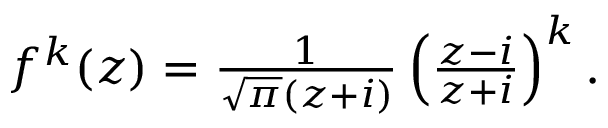
\begin{array} { r } { f ^ { k } ( z ) = \frac { 1 } { \sqrt { \pi } ( z + i ) } \left( \frac { z - i } { z + i } \right) ^ { k } . } \end{array}